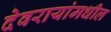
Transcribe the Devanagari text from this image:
देवरायांमधील